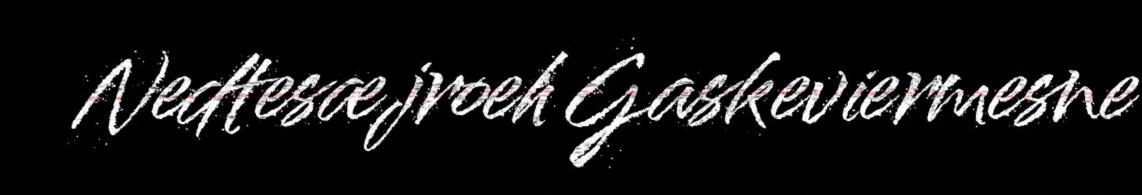
Nedtesæjroeh Gaskeviermesne